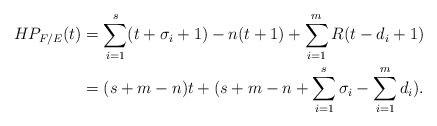
LaTeX: \begin{align*}HP_{F/E}(t)&=\sum_{i=1}^s(t+\sigma_i+1)-n(t+1)+\sum_{i=1}^mR(t-d_i+1)\\&=(s+m-n)t+(s+m-n+\sum_{i=1}^s\sigma_i-\sum_{i=1}^md_i).\end{align*}